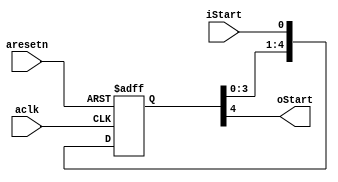
module Delay_5(
	input  aclk,
	input  aresetn,
	input  iStart,
	output oStart
);

reg [4:0] Start_Delay; 

always @(posedge aclk or negedge aresetn) begin
    if(!aresetn) begin
        Start_Delay <= 0;
    end
    else begin
        Start_Delay[0] <= iStart;
        Start_Delay[1] <= Start_Delay[0];
        Start_Delay[2] <= Start_Delay[1];
        Start_Delay[3] <= Start_Delay[2];
        Start_Delay[4] <= Start_Delay[3];
    end
end

assign oStart = Start_Delay[4];

endmodule